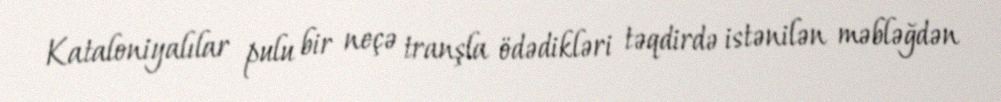
Kataloniyalılar pulu bir neçə tranşla ödədikləri təqdirdə istənilən məbləğdən